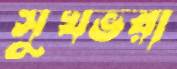
সুখভরা